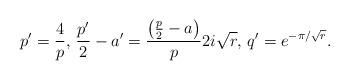
LaTeX: \begin{align*}p'=\frac{4}{p}\textrm{, }\frac{p'}{2}-a'=\frac{\left(\frac{p}{2}-a\right)}{p}2i\sqrt{r}\textrm{, }q'=e^{-\pi/\sqrt{r}}.\end{align*}